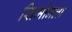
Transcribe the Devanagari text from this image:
सिमोनला